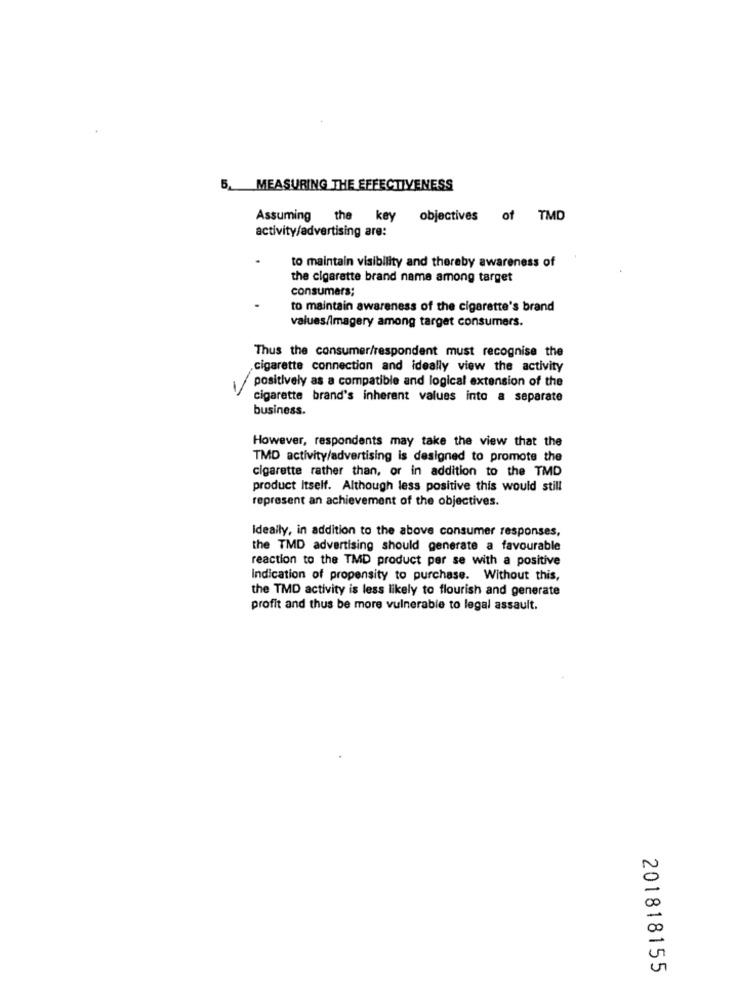
5. MEASURING THE EFFECTIVENESS
Assuming
the key
objectives of TMD
activity/advertising are:
to maintain visibility and thereby awareness of
the cigarette brand name among target
consumers;
to maintain awareness of the cigarette's brand
values/Imagery among target consumers.
Thus the consumer/respondent must recognise the
cigarette connection and ideally view the activity
positively as a compatible and logical extension of the
cigarette brand's inherent values into a separate
business.
However, respondents may take the view that the
TMD activity/advertising is designed to promote the
cigarette rather than, or in addition to the TMD
product Itself. Although less positive this would still
represent an achievement of the objectives.
Ideally, in addition to the above consumer responses,
the TMD advertising should generate a favourable
reaction to the TMD product per se with a positive
Indication of propensity to purchase. Without this,
the TMD activity is less likely to flourish and generate
profit and thus be more vulnerable to legal assault.
N
20
201818155